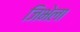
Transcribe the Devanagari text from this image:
जिभेला